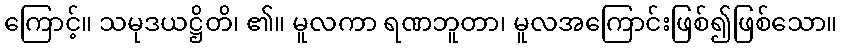
ကြောင့်။ သမုဒယဋ္ဌိတိ၊ ၏။ မူလကာ ရဏဘူတာ၊ မူလအကြောင်းဖြစ်၍ဖြစ်သော။